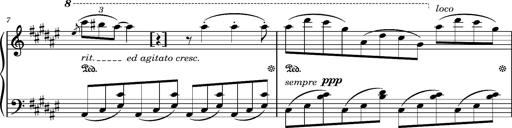
Title: Album-Leaf 'Apparition 1', S.166z
Composer: Franz Liszt
Key: F-sharp minor